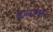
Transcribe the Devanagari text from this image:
कालागरू